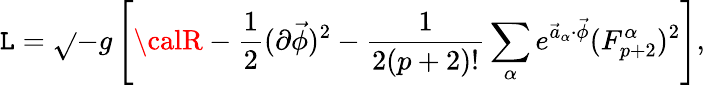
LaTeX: {\cal\mathtt{L}}=\sqrt{}{{-g}}\left[{\calR}-{\frac{{1}}{{2}}}(\partial\vec{{\phi}})^{2}-{\frac{{1}}{{2(p+2)!}}}\sum_{\alpha}e^{\vec{{a}}_{\alpha}\cdot\vec{{\phi}}}(F_{p+2}^{\alpha})^{2}\right],